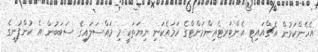
އެހެންކަމުން އެޗްއައިޓީ އެންޓަރޓެއިންމަންޓްގެ ހަމައެކަނި ނިޔަތަކީ މި މައްސަލައިގެ ސަބަބުން އެ ކުންފުނީގެ